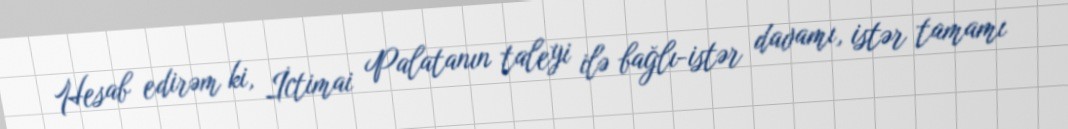
Hesab edirəm ki, İctimai Palatanın taleyi ilə bağlı-istər davamı, istər tamamı